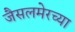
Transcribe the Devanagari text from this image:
जैसलमेरच्या